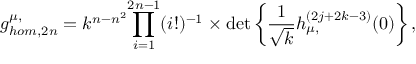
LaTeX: g _ { h o m , 2 n } ^ { \mu , \l } = k ^ { n - n ^ { 2 } } { \prod _ { i = 1 } ^ { 2 n - 1 } ( i ! ) ^ { - 1 } } \times \operatorname * { d e t } \left\{ \frac { 1 } { \sqrt { k } } h _ { \mu , \l } ^ { ( 2 j + 2 k - 3 ) } ( 0 ) \right\} ,